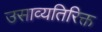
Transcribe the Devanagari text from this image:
उसाव्यतिरिक्त